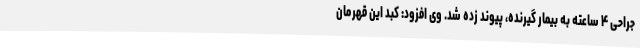
جراحی ۴ ساعته به بیمار گیرنده، پیوند زده شد. وی افزود: کبد این قهرمان